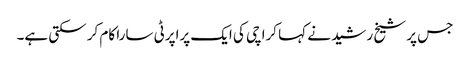
جس پر شیخ رشید نے کہا کراچی کی ایک پراپرٹی سارا کام کر سکتی ہے۔